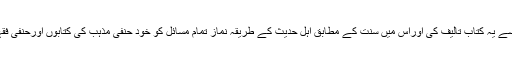
تو مولانا عبدالمتین میمن جوناگڈھی نے ’’حدیث نماز‘‘ کے نام سے یہ کتاب تالیف کی اوراس میں سنت کے مطابق اہل حدیث کے طریقہ نماز تمام مسائل کو خود حنفی مذہب کی کتابوں اورحنفی فقہاء و علماء کے اقوال و فتاویٰ سے ثابت کرنے کوشش کی ہے۔